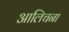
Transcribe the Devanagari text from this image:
आलिचना